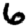
Digit: 6